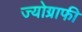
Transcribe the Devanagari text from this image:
ज्योग्राफी